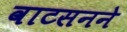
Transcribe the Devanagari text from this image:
वाटसनने